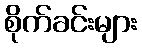
စိုက်ခင်းများ